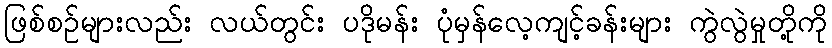
ဖြစ်စဉ်များလည်း လယ်တွင်း ပဒိုမန်း ပုံမှန်လေ့ကျင့်ခန်းများ ကွဲလွဲမှုတို့ကို